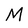
Character: M